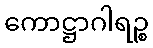
ကောဋ္ဌာဂါရဉ္စ